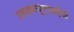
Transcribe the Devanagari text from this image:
एसडब्ल्यूएएलईसी